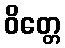
ဝိတ္တေ